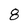
Character: 8